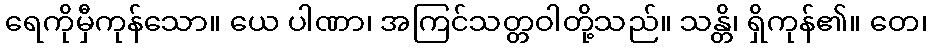
ရေကိုမှီကုန်သော။ ယေ ပါဏာ၊ အကြင်သတ္တဝါတို့သည်။ သန္တိ၊ ရှိကုန်၏။ တေ၊